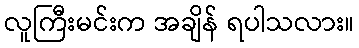
လူကြီးမင်းက အချိန် ရပါသလား။